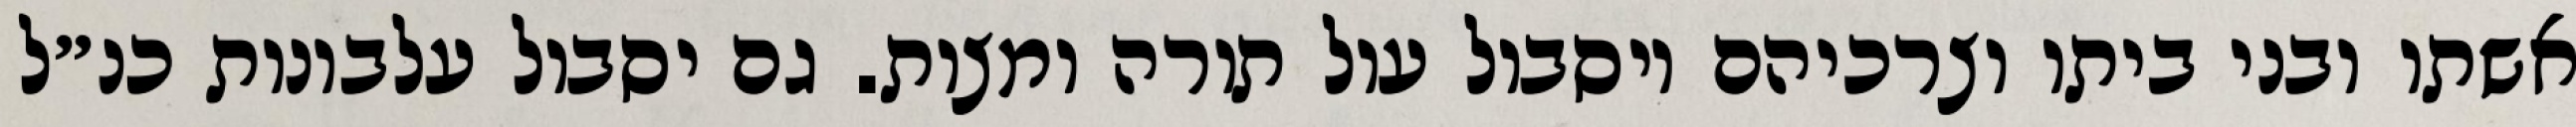
אשתו ובני ביתו וצרכיהם ויסבול עול תורה ומצות. גם יסבול עלבונות כנ״ל